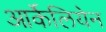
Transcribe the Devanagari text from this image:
आर्केलियेन